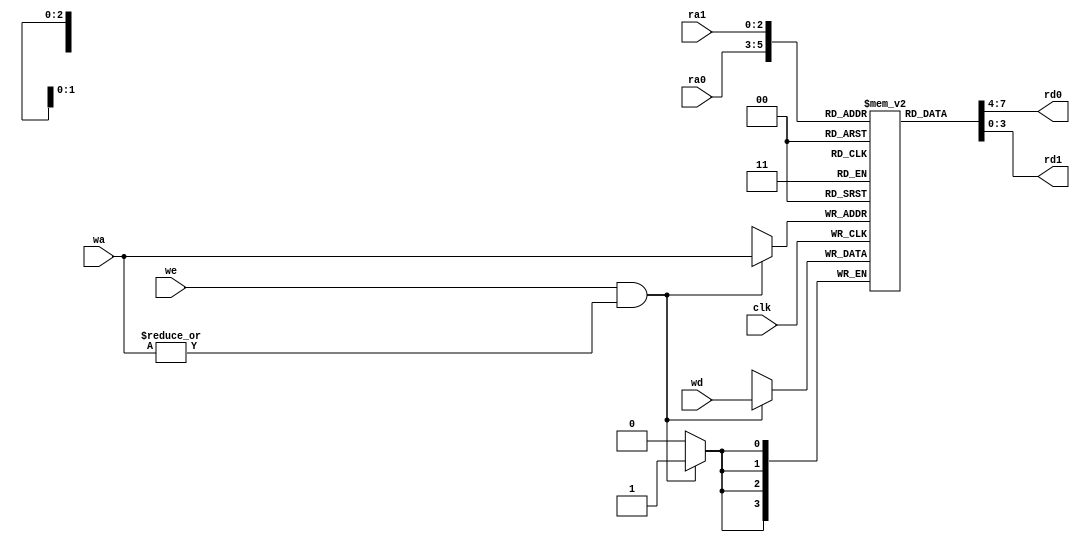
module register_file (
        input clk,       // 
        input [2:0] ra0, // 0
        output[3:0] rd0, // 0
        input [2:0] ra1, // 1
        output[3:0] rd1, // 1
        input [2:0] wa,  // 
        input we,        // 
        input [3:0] wd   // 
    );
    reg [3:0] regfile [0:7];
    assign rd0 = regfile[ra0], rd1 = regfile[ra1];

    initial begin
        regfile[0] = 0;
        regfile[1] = 0;
        regfile[2] = 0;
        regfile[3] = 0;
        regfile[4] = 0;
        regfile[5] = 0;
        regfile[6] = 0;
        regfile[7] = 0;
    end

    always @ (posedge clk)begin
        if (we & |wa)  //  regfile[0]
            regfile[wa] <= wd;
    end

endmodule